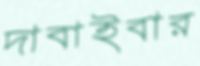
দাবাইবার